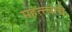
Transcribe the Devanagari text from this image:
महत्त्वाच्चे